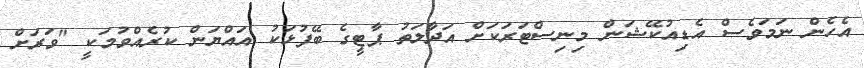
އެހެން ނަމަވެސް އެޑިއުކޭޝަން މިނިސްޓަރަކަށް އަދާލަތު ޕާޓީގެ ބޭފުޅަކު އައްޔަން ކުރެއްވުމަކީ "ވަރަށް